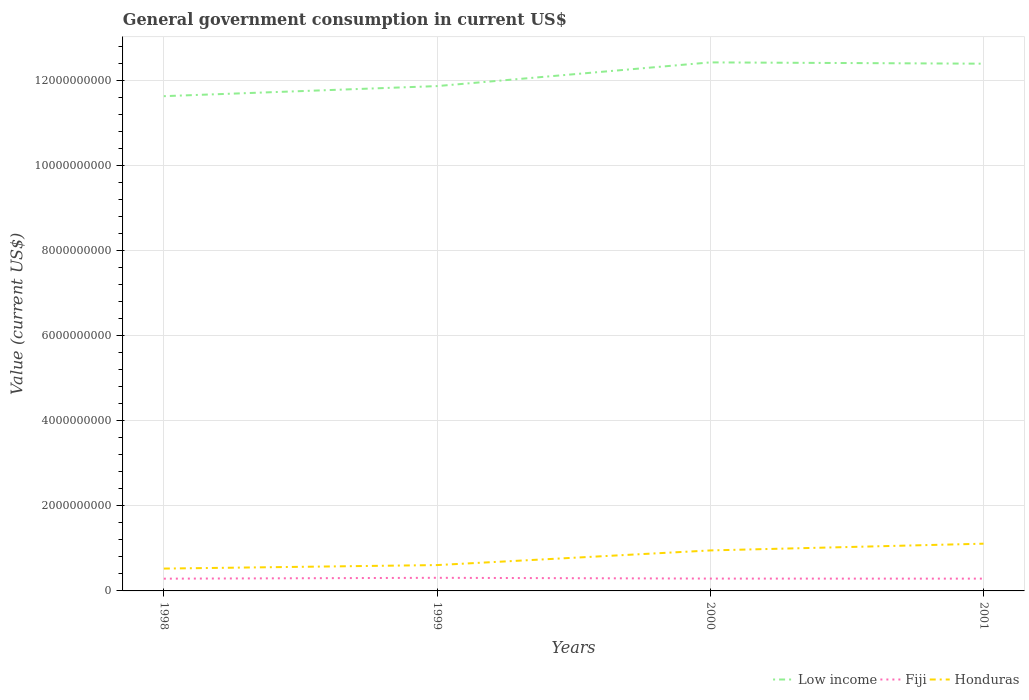
| Years | Low income | Fiji | Honduras |
 | --- | --- | --- | --- |
 | 1998 | 1.16e+10 | 2.88e+08 | 5.26e+08 |
 | 1999 | 1.19e+10 | 3.09e+08 | 6.08e+08 |
 | 2000 | 1.24e+10 | 2.9e+08 | 9.53e+08 |
 | 2001 | 1.24e+10 | 2.89e+08 | 1.11e+09 |